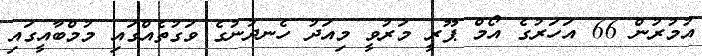
އުމުރުން 66 އަހަރުގެ އޯމް ޕޫރީ މަރުވީ މިއަދު ހެނދުނުގެ ވަގުތެއްގައި މުމްބާއީގައި